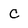
Character: C